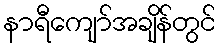
နာရီကျော်အချိန်တွင်